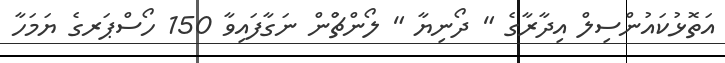
އަތޮޅުކައުންސިލް އިދާރާގެ " ދޯނިޔާ " ލޯންޗްުން ނަގާފައިވާ 150 ހޯސްޕަރގެ ޔަމަހާ